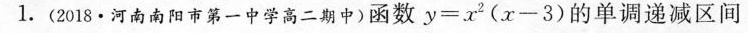
1.(2018·河南南阳市第一中学高二期中)函数$$y = x^{2} (x-3)$$的单调递减区间